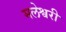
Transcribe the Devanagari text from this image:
मलेश्वरी